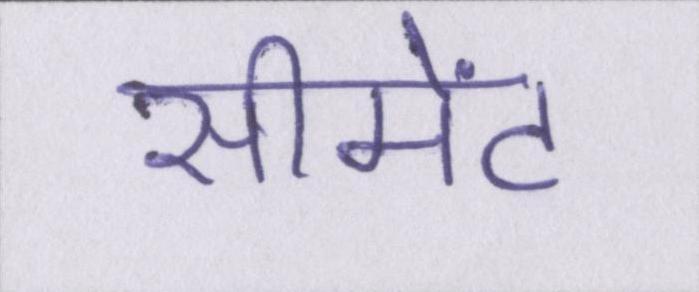
सीमेंट